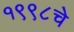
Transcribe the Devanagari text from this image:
१९९८चे